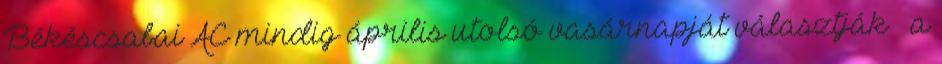
Békéscsabai AC mindig április utolsó vasárnapját választják – a